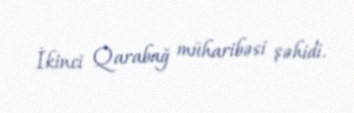
İkinci Qarabağ müharibəsi şəhidi.